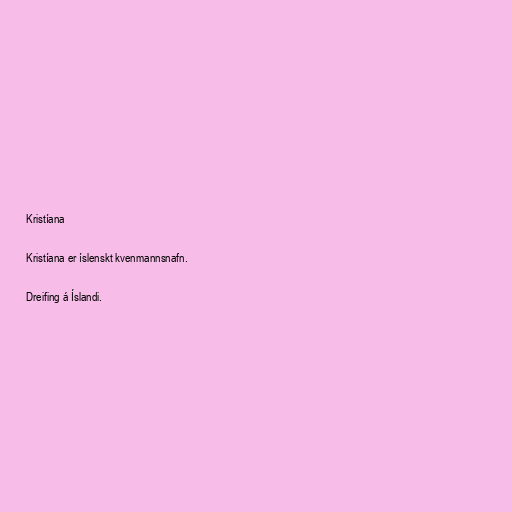
Kristíana

Kristíana er íslenskt kvenmannsnafn.

Dreifing á Íslandi.